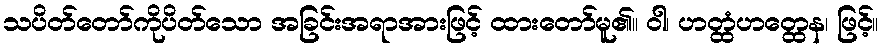
သပိတ်တော်ကိုပိတ်သော အခြင်းအရာအားဖြင့် ထားတော်မူ၏။ ဝါ၊ ဟတ္ထံဟတ္ထေန၊ ဖြင့်။